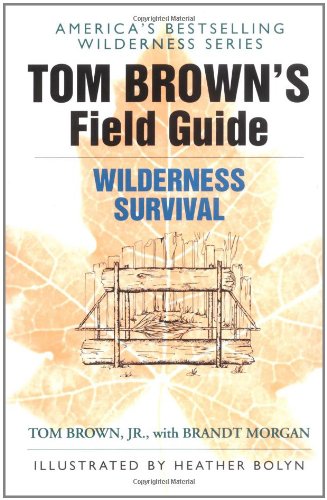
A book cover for Tom Brown's Field Guide to Wilderness Survival; Tom Brown; Science & Math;